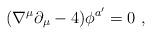
LaTeX: \begin{align*}(\nabla^\mu \partial_\mu - 4) \phi^{a'} =0 \ ,\end{align*}